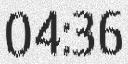
04:36